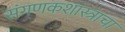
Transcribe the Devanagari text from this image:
संगणकशास्त्राचा